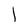
Character: 1